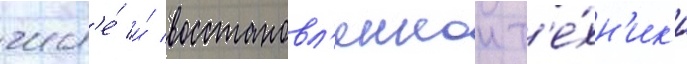
числ'е́ и́ восстановл'еннои т'е́хн'ик'и